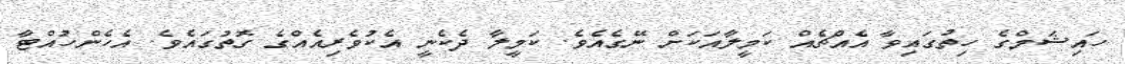
ހައިޝަމްގެ ހިތުގައިވާ އެއްޗެއް ކަމީލާއަކަށް ނޭގެއެވެ. ކަމީލާ ދެކެނީ އެކުވެރިއެއްގެ ގޮތުގައެވެ. އެހެންހުއްޓާ